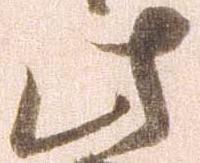
此